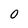
Character: 0